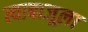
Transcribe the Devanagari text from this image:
त्याबाजूला